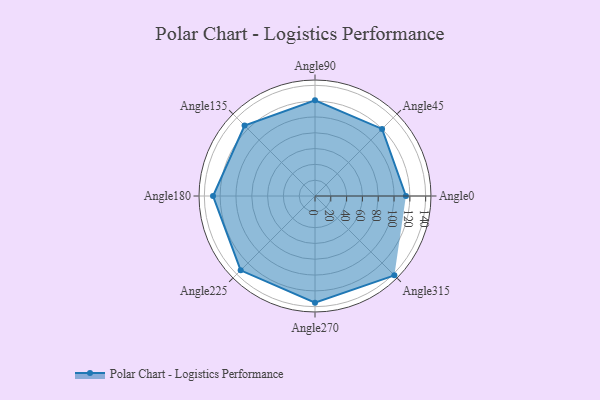
{"axis": {"x": "Angle", "y": "Radius"}, "legend": [""], "data": [{"x": "Angle0", "y": 115.0, "type": ""}, {"x": "Angle45", "y": 120.0, "type": ""}, {"x": "Angle90", "y": 121.0, "type": ""}, {"x": "Angle135", "y": 126.0, "type": ""}, {"x": "Angle180", "y": 129.0, "type": ""}, {"x": "Angle225", "y": 133.0, "type": ""}, {"x": "Angle270", "y": 135.0, "type": ""}, {"x": "Angle315", "y": 142.0, "type": ""}]}